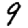
Digit: 9